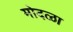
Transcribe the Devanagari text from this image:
मोदळा